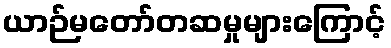
ယာဉ်မတော်တဆမှုများကြောင့်